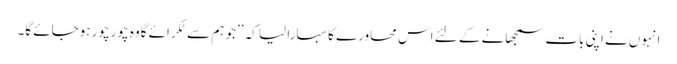
انہوں نے اپنی بات سمجھانے کے لئے اس محاورے کا سہارا لیا کہ ’’جو ہم سے ٹکرائے گاوہ چورچور ہوجائے گا۔